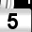
Digit: 5